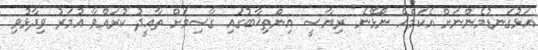
އަޅުގަނޑުމެންނަށް އެކަމެއް ނޯޅޭނެ" ރިޔާސީ އިންތިޚާބުގައި ގާސިމަށް ތާއީދު ކުރައްވާ އުމަރު ވިދާޅުވި